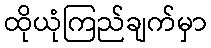
ထိုယုံကြည်ချက်မှာ